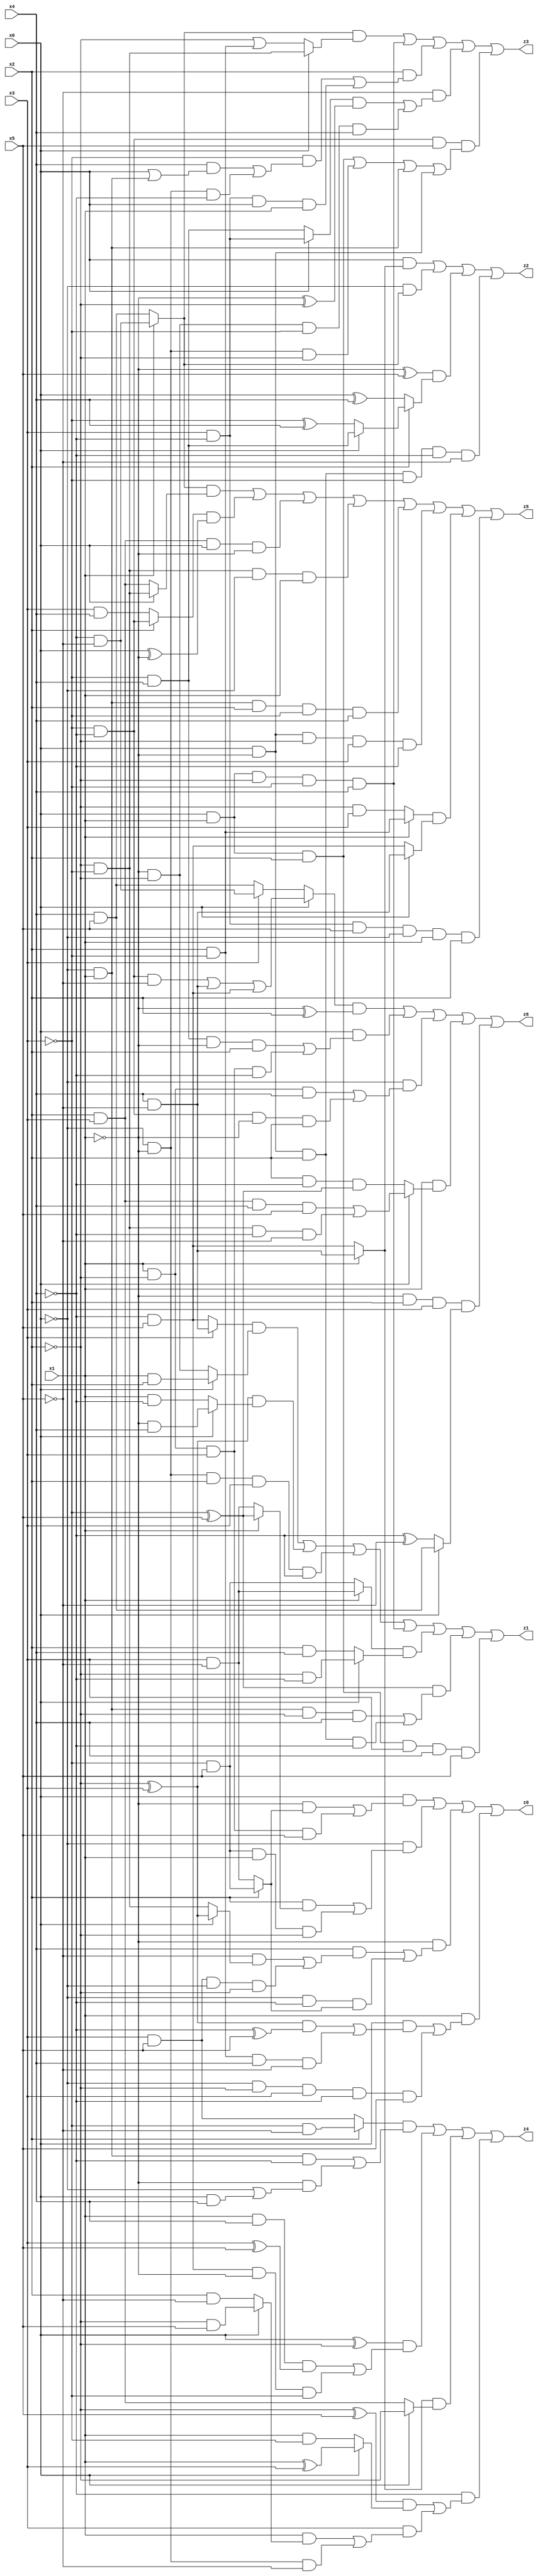
// Benchmark "X_5" written by ABC on Thu Jun 29 21:13:28 2023

module X_5 ( 
    x0, x1, x2, x3, x4, x5,
    z0, z1, z2, z3, z4, z5, z6  );
  input  x0, x1, x2, x3, x4, x5;
  output z0, z1, z2, z3, z4, z5, z6;
  assign z0 = (x0 & ((~x1 & (x2 ? (~x3 & x5) : (x3 & ~x5))) | (x1 & ~x2 & x3 & x5))) | (~x0 & ((x2 & (x1 ? (~x3 ^ x5) : (x3 & ~x5))) | (~x3 & x5 & x1 & ~x2))) | (~x1 & ((x4 & ((~x5 & (x0 ? (~x2 ^ x3) : (~x2 & ~x3))) | (x3 & x5 & ~x0 & ~x2))) | (~x0 & ~x4 & (x2 ? (~x3 & x5) : (x3 & ~x5))))) | (x1 & ((x0 & (((~x2 ^ x3) & (~x4 ^ x5)) | (x2 & ~x3 & x4 & ~x5))) | (~x0 & ~x2 & x3 & ~x4 & x5)));
  assign z1 = ((x3 ? (x4 & ~x5) : (~x4 & x5)) & (x0 ? (x1 & x2) : (~x1 & ~x2))) | ((~x2 ^ x3) & (x0 ? (~x1 & x4) : (x1 & ~x4))) | (~x0 & ~x1 & x2 & x3 & ~x4) | (x0 & x1 & ~x2 & ~x3 & x4) | ((x1 ? (x3 & ~x5) : (~x3 & x5)) & (x0 ? (~x2 & ~x4) : (x2 & x4))) | ((~x3 ^ x5) & ((~x0 & x1 & ~x2 & x4) | (x0 & ~x1 & x2 & ~x4))) | (x0 & x1 & x2 & x3 & x4 & x5);
  assign z2 = (x0 & (x1 ? (x4 & ~x5) : (~x4 & x5))) | (~x0 & (x1 ? (~x4 & ~x5) : (x4 & x5))) | ((~x1 ^ x5) & (x2 ? (x0 ? (~x3 & x4) : (~x3 ^ x4)) : (x0 ^ x4))) | (x0 & ~x1 & x2 & ~x3 & ~x4 & ~x5);
  assign z3 = ((x1 ? (~x4 & ~x5) : (x4 & x5)) & (x0 ? (~x2 & ~x3) : (~x2 | (x2 & ~x3)))) | (x0 & x1 & ~x2 & ~x3 & x4) | (x2 & ((~x3 & ((x4 & (x0 | (~x0 & x1))) | (~x0 & ~x1 & ~x4))) | (x3 & ~x4 & x0 & x1))) | (~x5 & (((x0 ? (x3 & ~x4) : (~x3 & x4)) & (~x1 ^ ~x2)) | (~x1 & ~x2 & ~x3 & x4))) | (~x3 & ~x4 & x5 & ((x0 & x1 & x2) | (~x0 & ~x1 & ~x2) | (~x0 & x1) | (x0 & ~x1)));
  assign z4 = ((x2 ? (~x3 & ~x5) : (x3 & x5)) & ((~x0 & x1 & ~x4) | (~x1 & (~x0 | (x0 & x4))))) | ((x0 ^ ~x2) & ((x1 & x4 & (x3 ^ x5)) | (~x4 & x5 & ~x1 & ~x3))) | ((x1 ? (x4 & ~x5) : (~x4 & x5)) & (x0 ? ~x2 : (x2 & x3))) | (~x4 & (((~x2 ^ x5) & (x0 ? (x1 ^ x3) : (x1 & ~x3))) | (x3 & ((x1 & (x0 ? (~x2 & x5) : (x2 & ~x5))) | (~x0 & ~x1 & ~x5)))));
  assign z5 = ((x1 ? (~x4 & ~x5) : (x4 & x5)) & (x0 ? (~x2 & ~x3) : (x2 & x3))) | ((x2 ? (~x3 & ~x4) : (x3 & x4)) & (x0 ^ ~x1)) | (x2 & x3 & x0 & ~x1) | (~x2 & ~x3 & ~x0 & x1) | (~x0 & x1 & x2 & ~x3 & x4) | (x0 & ~x1 & ~x2 & x3 & ~x4) | ((x1 ? (x2 & ~x3) : (~x2 & x3)) & (x0 ? (x4 & ~x5) : (~x4 & x5))) | (x3 & ~x4 & x5 & ~x0 & x1 & x2);
  assign z6 = ((x0 ? ((~x3 & ~x4 & ~x5) | (x4 & ~x5) | (~x4 & x5)) : (x3 ? (~x4 & ~x5) : (x4 & x5))) & (~x1 ^ x2)) | (x0 & ((~x3 & x4 & ~x1 & x2) | (x1 & ~x2 & x3 & ~x4))) | (~x0 & ((x1 & ~x2 & x4) | (~x3 & ~x4 & ~x1 & x2))) | (x1 & (x0 ? ((x2 & x3 & x4 & x5) | (~x2 & ~x3 & ~x4 & ~x5)) : (x2 & ~x4 & (~x3 ^ x5)))) | (~x1 & x2 & x3 & (x0 ? (x4 & x5) : (~x4 ^ ~x5)));
endmodule